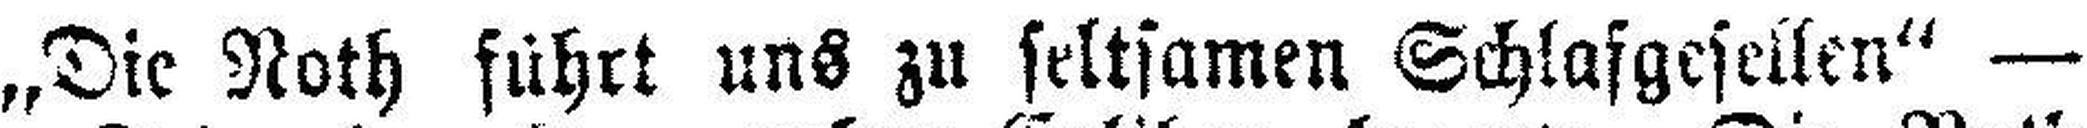
„Die Noth führt uns zu seltsamen Schlafgesellen“ —